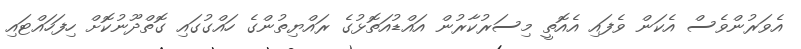
އެވަރުންވެސް އެކަން ވެފައި އެއޮތީ މިސަރުކާރުން އައްޑުއަތޮޅުގެ ރައްޔިތުންގެ ހައްގުގައި ގޮތްދޫނުކޮށް ހިފަހައްޓައި